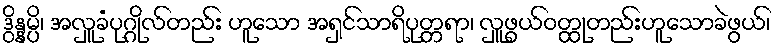
ဒွိန္နမ္ပိ၊ အလှူခံပုဂ္ဂိုလ်တည်း ဟူသော အရှင်သာရိပုတ္တရာ၊ လှူဖွယ်ဝတ္ထုတည်းဟူသောခဲဖွယ်၊